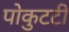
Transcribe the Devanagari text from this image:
पोकुटटी